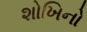
શોખિનો